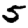
Digit: 5